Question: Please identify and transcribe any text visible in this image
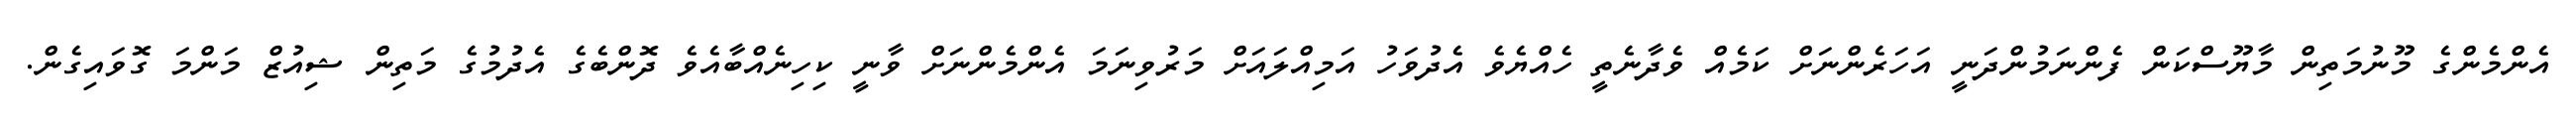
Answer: އެންމެންގެ މޫނުމަތިން މާޔޫސްކަން ފެންނަމުންދަނީ އަހަރެންނަށް ކަމެއް ވެދާނެތީ ހެއްޔެވެ އެދުވަހު އަމިއްލައަށް މަރުވިނަމަ އެންމެންނަށް ވާނީ ކިހިނެއްބާއެވެ ދޮންބެގެ އެދުމުގެ މަތިން ޝިއުޒް މަންމަ ގޮވައިގެން.